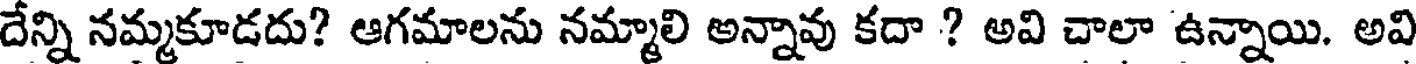
దేన్ని నమ్మకూడదు? ఆగమాలను నమ్మాలి అన్నావు కదా ? అవి చాలా ఉన్నాయి. అవి